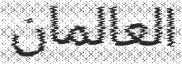
العالمان